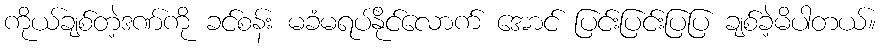
ကိုယ်ချစ်တဲ့ဒဏ်ကို ခင်စန်း မခံမရပ်နိုင်လောက် အောင် ပြင်းပြင်းပြပြ ချစ်ခဲ့မိပါတယ်။